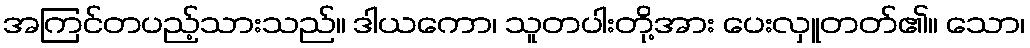
အကြင်တပည့်သားသည်။ ဒါယကော၊ သူတပါးတို့အား ပေးလှူတတ်၏။ သော၊